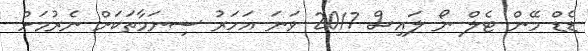
ޑެޑް މޭން ޓެލް ނޯ ލައިސް 2017 ވަނަ އަހަރު ސިނަމާތަކަށް ނެރުމަށް